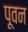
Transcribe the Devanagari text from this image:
पूवन